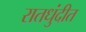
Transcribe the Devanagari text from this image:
रातधुंदीत